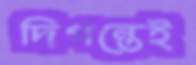
দিগন্তেই